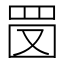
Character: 𦊔